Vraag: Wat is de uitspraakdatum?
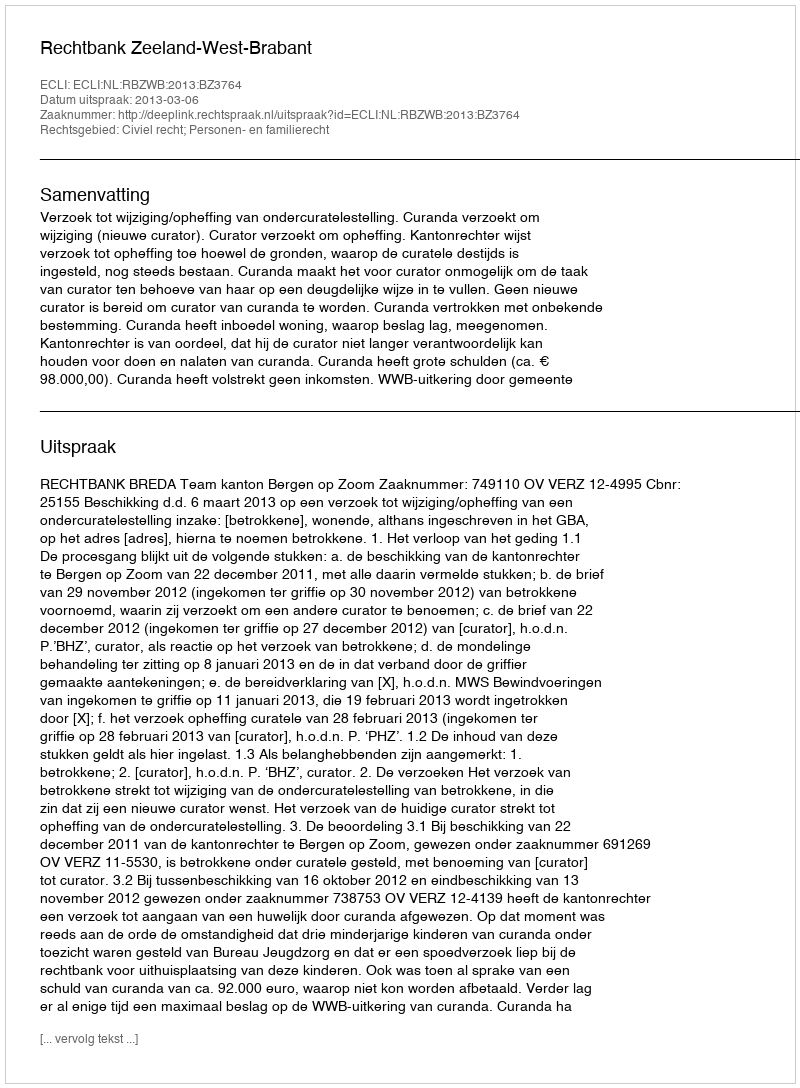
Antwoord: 2013-03-06